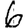
Digit: 6